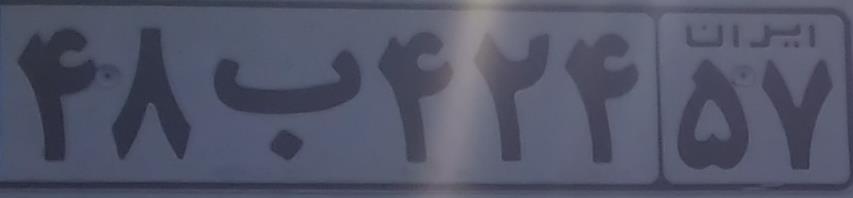
۴۸ب۴۲۴۴۵۷